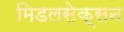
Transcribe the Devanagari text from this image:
मिडलसेक्सन